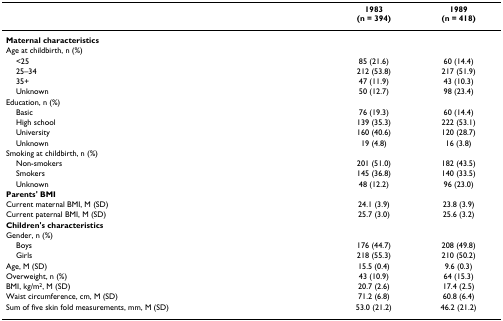
<table><thead><tr><td></td><td><b>1983(n = 394)</b></td><td><b>1989(n = 418)</b></td></tr></thead><tbody><tr><td><b>Maternal characteristics</b></td><td></td><td></td></tr><tr><td>Age at childbirth, n (%)</td><td></td><td></td></tr><tr><td> &lt;25</td><td>85 (21.6)</td><td>60 (14.4)</td></tr><tr><td> 25–34</td><td>212 (53.8)</td><td>217 (51.9)</td></tr><tr><td> 35+</td><td>47 (11.9)</td><td>43 (10.3)</td></tr><tr><td> Unknown</td><td>50 (12.7)</td><td>98 (23.4)</td></tr><tr><td>Education, n (%)</td><td></td><td></td></tr><tr><td> Basic</td><td>76 (19.3)</td><td>60 (14.4)</td></tr><tr><td> High school</td><td>139 (35.3)</td><td>222 (53.1)</td></tr><tr><td> University</td><td>160 (40.6)</td><td>120 (28.7)</td></tr><tr><td> Unknown</td><td>19 (4.8)</td><td>16 (3.8)</td></tr><tr><td>Smoking at childbirth, n (%)</td><td></td><td></td></tr><tr><td> Non-smokers</td><td>201 (51.0)</td><td>182 (43.5)</td></tr><tr><td> Smokers</td><td>145 (36.8)</td><td>140 (33.5)</td></tr><tr><td> Unknown</td><td>48 (12.2)</td><td>96 (23.0)</td></tr><tr><td><b>Parents&#x27; BMI</b></td><td></td><td></td></tr><tr><td>Current maternal BMI, M (SD)</td><td>24.1 (3.9)</td><td>23.8 (3.9)</td></tr><tr><td>Current paternal BMI, M (SD)</td><td>25.7 (3.0)</td><td>25.6 (3.2)</td></tr><tr><td><b>Children&#x27;s characteristics</b></td><td></td><td></td></tr><tr><td>Gender, n (%)</td><td></td><td></td></tr><tr><td> Boys</td><td>176 (44.7)</td><td>208 (49.8)</td></tr><tr><td> Girls</td><td>218 (55.3)</td><td>210 (50.2)</td></tr><tr><td>Age, M (SD)</td><td>15.5 (0.4)</td><td>9.6 (0.3)</td></tr><tr><td>Overweight, n (%)</td><td>43 (10.9)</td><td>64 (15.3)</td></tr><tr><td>BMI, kg/m<sup>2</sup>, M (SD)</td><td>20.7 (2.6)</td><td>17.4 (2.5)</td></tr><tr><td>Waist circumference, cm, M (SD)</td><td>71.2 (6.8)</td><td>60.8 (6.4)</td></tr><tr><td>Sum of five skin fold measurements, mm, M (SD)</td><td>53.0 (21.2)</td><td>46.2 (21.2)</td></tr></tbody></table>